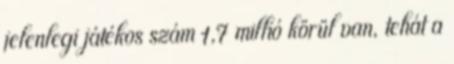
jelenlegi játékos szám 1,7 millió körül van, tehát a